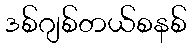
ဒစ်ဂျစ်တယ်စနစ်